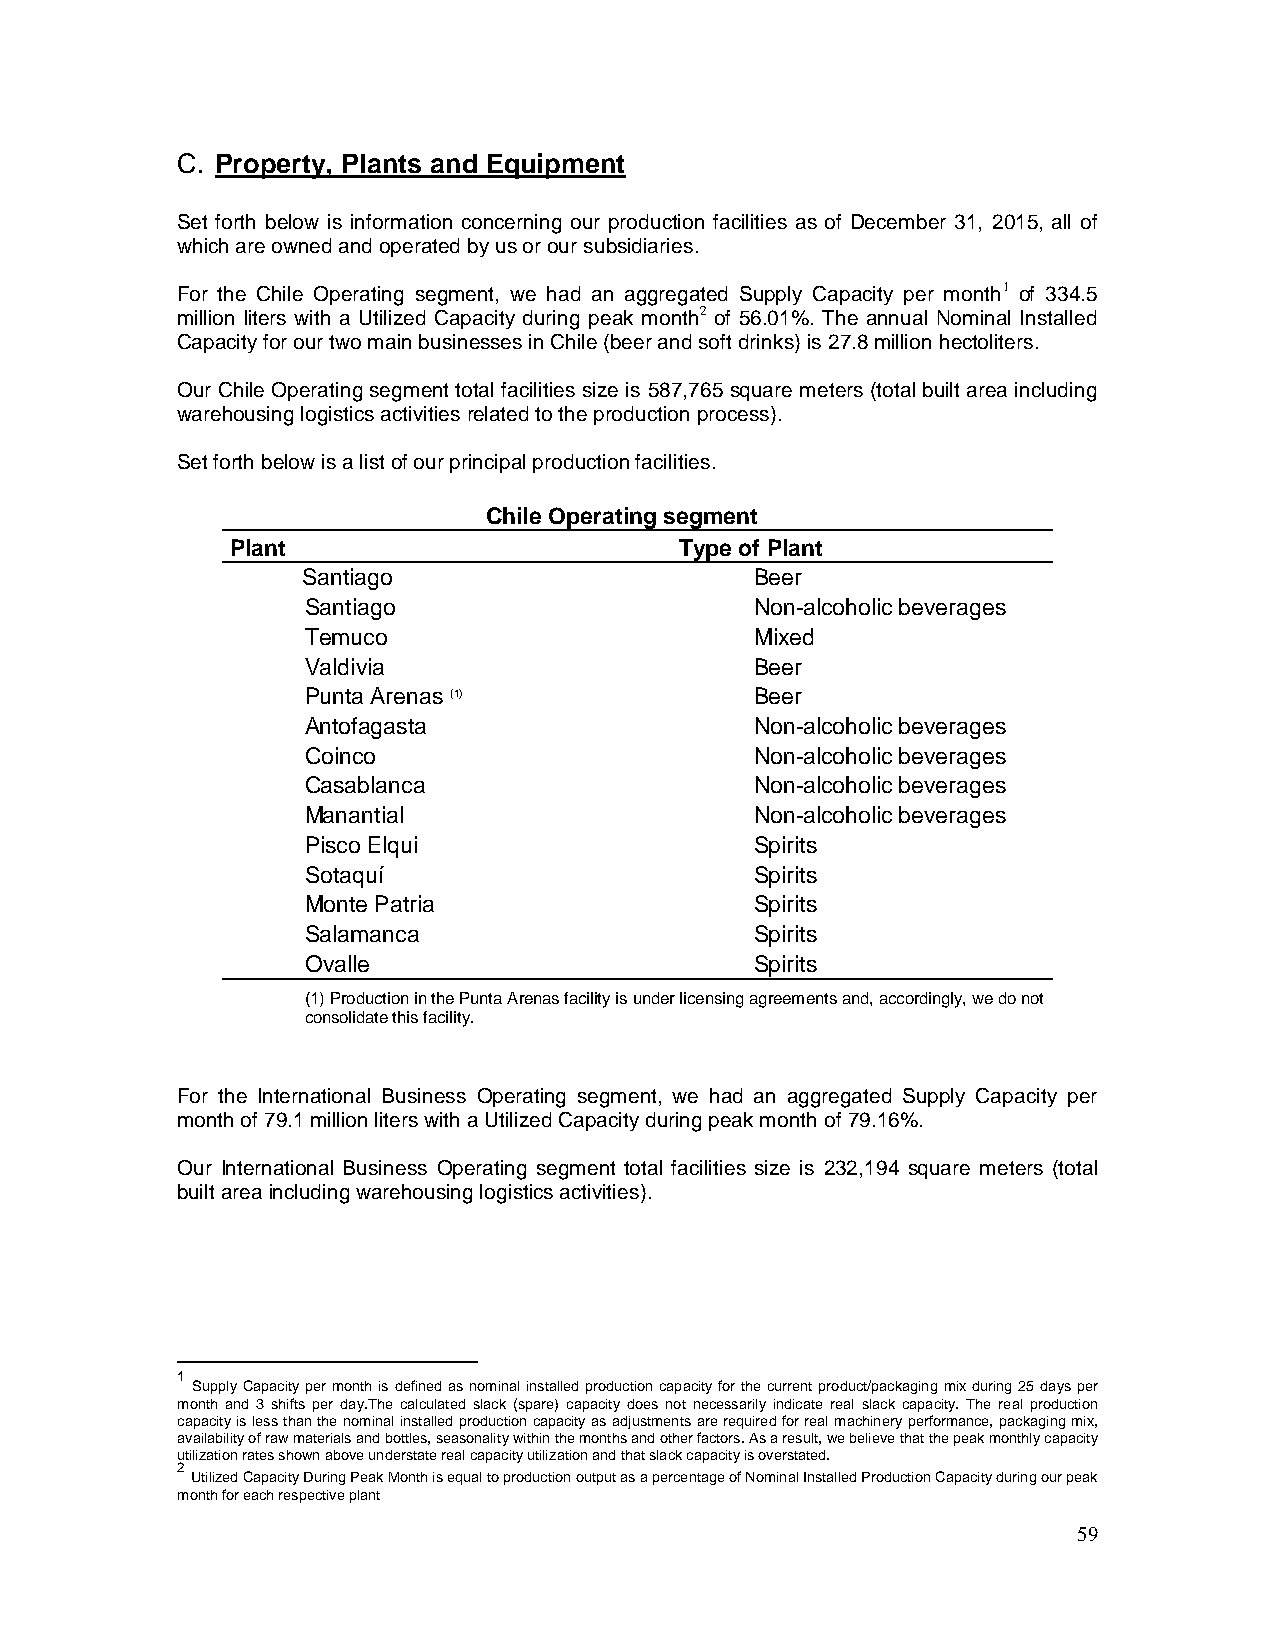
C. Property, Plants and Equipment
 Set forth below is information concerning our production facilities as of December 31, 2015, all of
 which are owned and operated by us or our subsidiaries.
 For the Chile Operating segment, we had an aggregated Supply Capacity per month1 of 334.5
 million liters with a Utilized Capacity during peak month2 of 56.01%. The annual Nominal Installed
 Capacity for our two main businesses in Chile (beer and soft drinks) is 27.8 million hectoliters.
 Our Chile Operating segment total facilities size is 587,765 square meters (total built area including
 warehousing logistics activities related to the production process).
 Set forth below is a list of our principal production facilities.
 Chile Operating segment
 Plant                         Type of Plant
 Santiago                      Beer
 Santiago                      Non-alcoholic beverages
 Temuco                        Mixed
 Valdivia                      Beer
 Punta Arenas (1)              Beer
 Antofagasta                   Non-alcoholic beverages
 Coinco                        Non-alcoholic beverages
 Casablanca                    Non-alcoholic beverages
 Manantial                     Non-alcoholic beverages
 Pisco Elqui                   Spirits
 Sotaquí                       Spirits
 Monte Patria                  Spirits
 Salamanca                     Spirits
 Ovalle                        Spirits
 (1) Production in the Punta Arenas facility is under licensing agreements and, accordingly, we do not
 consolidate this facility.
 For the International Business Operating segment, we had an aggregated Supply Capacity per
 month of 79.1 million liters with a Utilized Capacity during peak month of 79.16%.
 Our International Business Operating segment total facilities size is 232,194 square meters (total
 built area including warehousing logistics activities).
 1
 Supply Capacity per month is defined as nominal installed production capacity for the current product/packaging mix during 25 days per
 month and 3 shifts per day.The calculated slack (spare) capacity does not necessarily indicate real slack capacity. The real production
 capacity is less than the nominal installed production capacity as adjustments are required for real machinery performance, packaging mix,
 availability of raw materials and bottles, seasonality within the months and other factors. As a result, we believe that the peak monthly capacity
 utilization rates shown above understate real capacity utilization and that slack capacity is overstated.
 2
 Utilized Capacity During Peak Month is equal to production output as a percentage of Nominal Installed Production Capacity during our peak
 month for each respective plant
 59